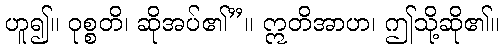
ဟူ၍။ ဝုစ္စတိ၊ ဆိုအပ်၏”။ ဣတိအာဟ၊ ဤသို့ဆို၏။